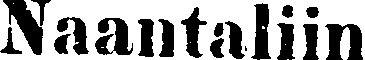
Naantaliin